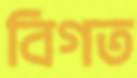
বিগত